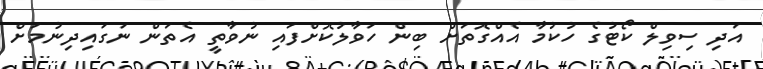
އަދި ސިވިލް ކޯޓުގެ ހުކުމާ އެއްގޮތަށް ބިން ހަވާލުކޮށްފައި ނުވާތީ އެތަން ނަގައިދިނުމަށް